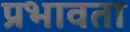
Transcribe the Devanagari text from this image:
प्रभावता